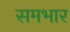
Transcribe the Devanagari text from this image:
समभार